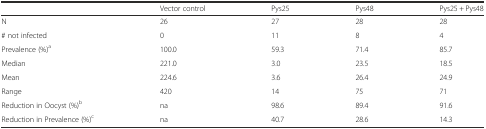
|  | Vector control | Pys25 | Pys48 | Pys25 + Pys48 |
 | --- | --- | --- | --- | --- |
 | N | 26 | 27 | 28 | 28 |
 | # not infected | 0 | 11 | 8 | 4 |
 | Prevalence (%)a | 100.0 | 59.3 | 71.4 | 85.7 |
 | Median | 221.0 | 3.0 | 23.5 | 18.5 |
 | Mean | 224.6 | 3.6 | 26.4 | 24.9 |
 | Range | 420 | 14 | 75 | 71 |
 | Reduction in Oocyst (%)b | na | 98.6 | 89.4 | 91.6 |
 | Reduction in Prevalence (%)c | na | 40.7 | 28.6 | 14.3 |